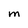
Character: M